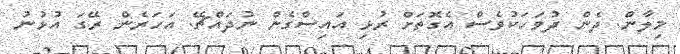
މިލާން. ދެން ދުވަހަކުވެސް އެގޮތަށް ރުޅި އައިސްގެން ނުދައްޗޭ. އަހަރެން ރޭގަ އުޅުނު